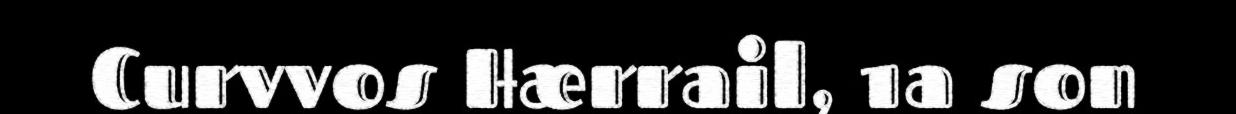
Curvvos Hærrail, 1a son